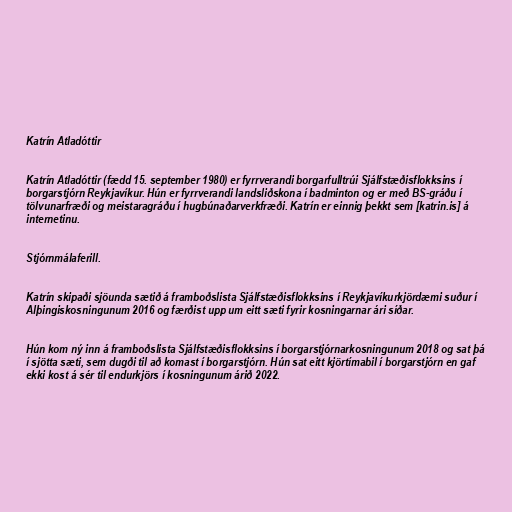
Katrín Atladóttir

Katrín Atladóttir (fædd 15. september 1980) er fyrrverandi borgarfulltrúi Sjálfstæðisflokksins í
borgarstjórn Reykjavíkur. Hún er fyrrverandi landsliðskona í badminton og er með BS-gráðu í
tölvunarfræði og meistaragráðu í hugbúnaðarverkfræði. Katrín er einnig þekkt sem [katrin.is] á
internetinu.

Stjórnmálaferill.

Katrín skipaði sjöunda sætið á framboðslista Sjálfstæðisflokksins í Reykjavíkurkjördæmi suður í
Alþingiskosningunum 2016 og færðist upp um eitt sæti fyrir kosningarnar ári síðar.

Hún kom ný inn á framboðslista Sjálfstæðisflokksins í borgarstjórnarkosningunum 2018 og sat þá
í sjötta sæti, sem dugði til að komast í borgarstjórn. Hún sat eitt kjörtímabil í borgarstjórn en gaf
ekki kost á sér til endurkjörs í kosningunum árið 2022.